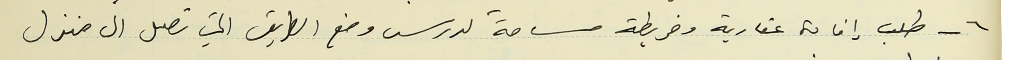
٦- طلب إفادة عقارية وخريطة مساحة لدرس وضع الطريق التي تصل الى منزل